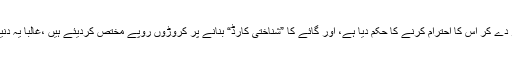
حتیٰ کہ اُس کے سپریم کورٹ کے ایک جسٹس نے گائے کے گوبر کو بھی پوتر، یعنی پاک قرار دے کر اُس کا احترام کرنے کا حکم دیا ہے، اور گائے کا ”شناختی کارڈ“ بنانے پر کروڑوں روپے مختص کردیئے ہیں ،غالباً یہ دنیا کا واحدملک ہے، کہ جہاں جانور کو انسان کا درجہ دیتے ہوئے شناختی کارڈ بنائے جارہے ہیں۔